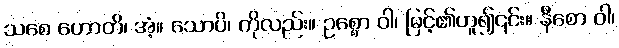
သစေ ဟောတိ၊ အံ့။ သောပိ၊ ကိုလည်း။ ဥစ္စော ဝါ၊ မြင့်၏ဟူ၍၎င်း။ နီစော ဝါ၊